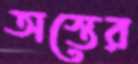
অস্তের